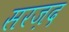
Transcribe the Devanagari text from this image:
सरज़द